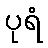
ပုရံ